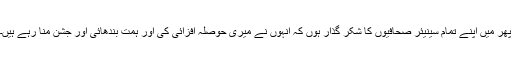
پھر میں اپنے تمام سینیئر صحافیوں کا شکر گذار ہوں کہ انہوں نے میری حوصلہ افزائی کی اور ہمت بندھائی اور جشن منا رہے ہیں۔